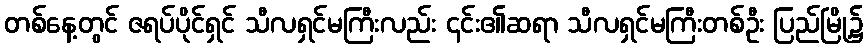
တစ်နေ့တွင် ဇရပ်ပိုင်ရှင် သီလရှင်မကြီးလည်း ၄င်း၏ဆရာ သီလရှင်မကြီးတစ်ဦး ပြည်မြို့၌